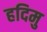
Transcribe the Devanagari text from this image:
हदिमु